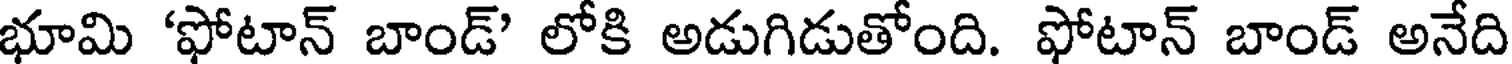
భూమి 'ఫోటాన్ బాండ్' లోకి అడుగిడుతోంది. ఫోటాన్ బాండ్ అనేది